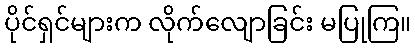
ပိုင်ရှင်များက လိုက်လျောခြင်း မပြုကြ။